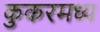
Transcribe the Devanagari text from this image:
कुकरमध्य